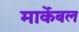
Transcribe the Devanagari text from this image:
मार्केबल